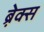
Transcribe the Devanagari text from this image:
ब्रे़क्स